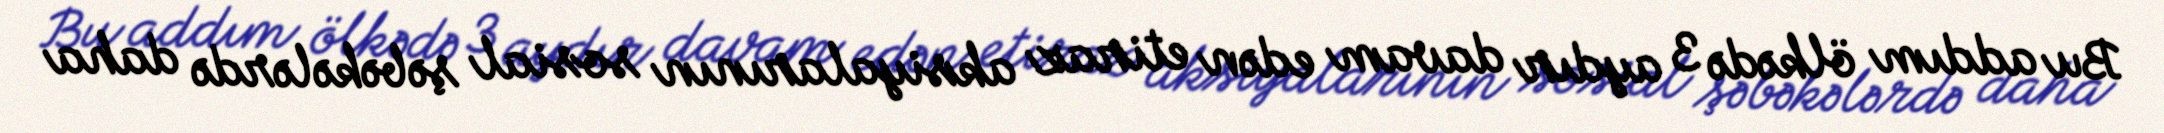
Bu addım ölkədə 3 aydır davam edən etiraz aksiyalarının sosial şəbəkələrdə daha